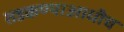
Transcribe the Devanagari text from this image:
तडकण्याआधीच